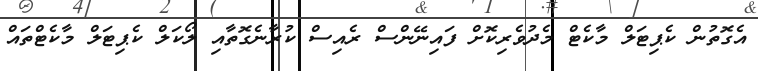
އެގޮތުން ކެޕިޓަލް މާކެޓް މެދުވެރިކޮށް ފައިނޭންސް ރެއިސް ކުރާނެގޮތާއި ލޯކަލް ކެޕިޓަލް މާކެޓްތައް